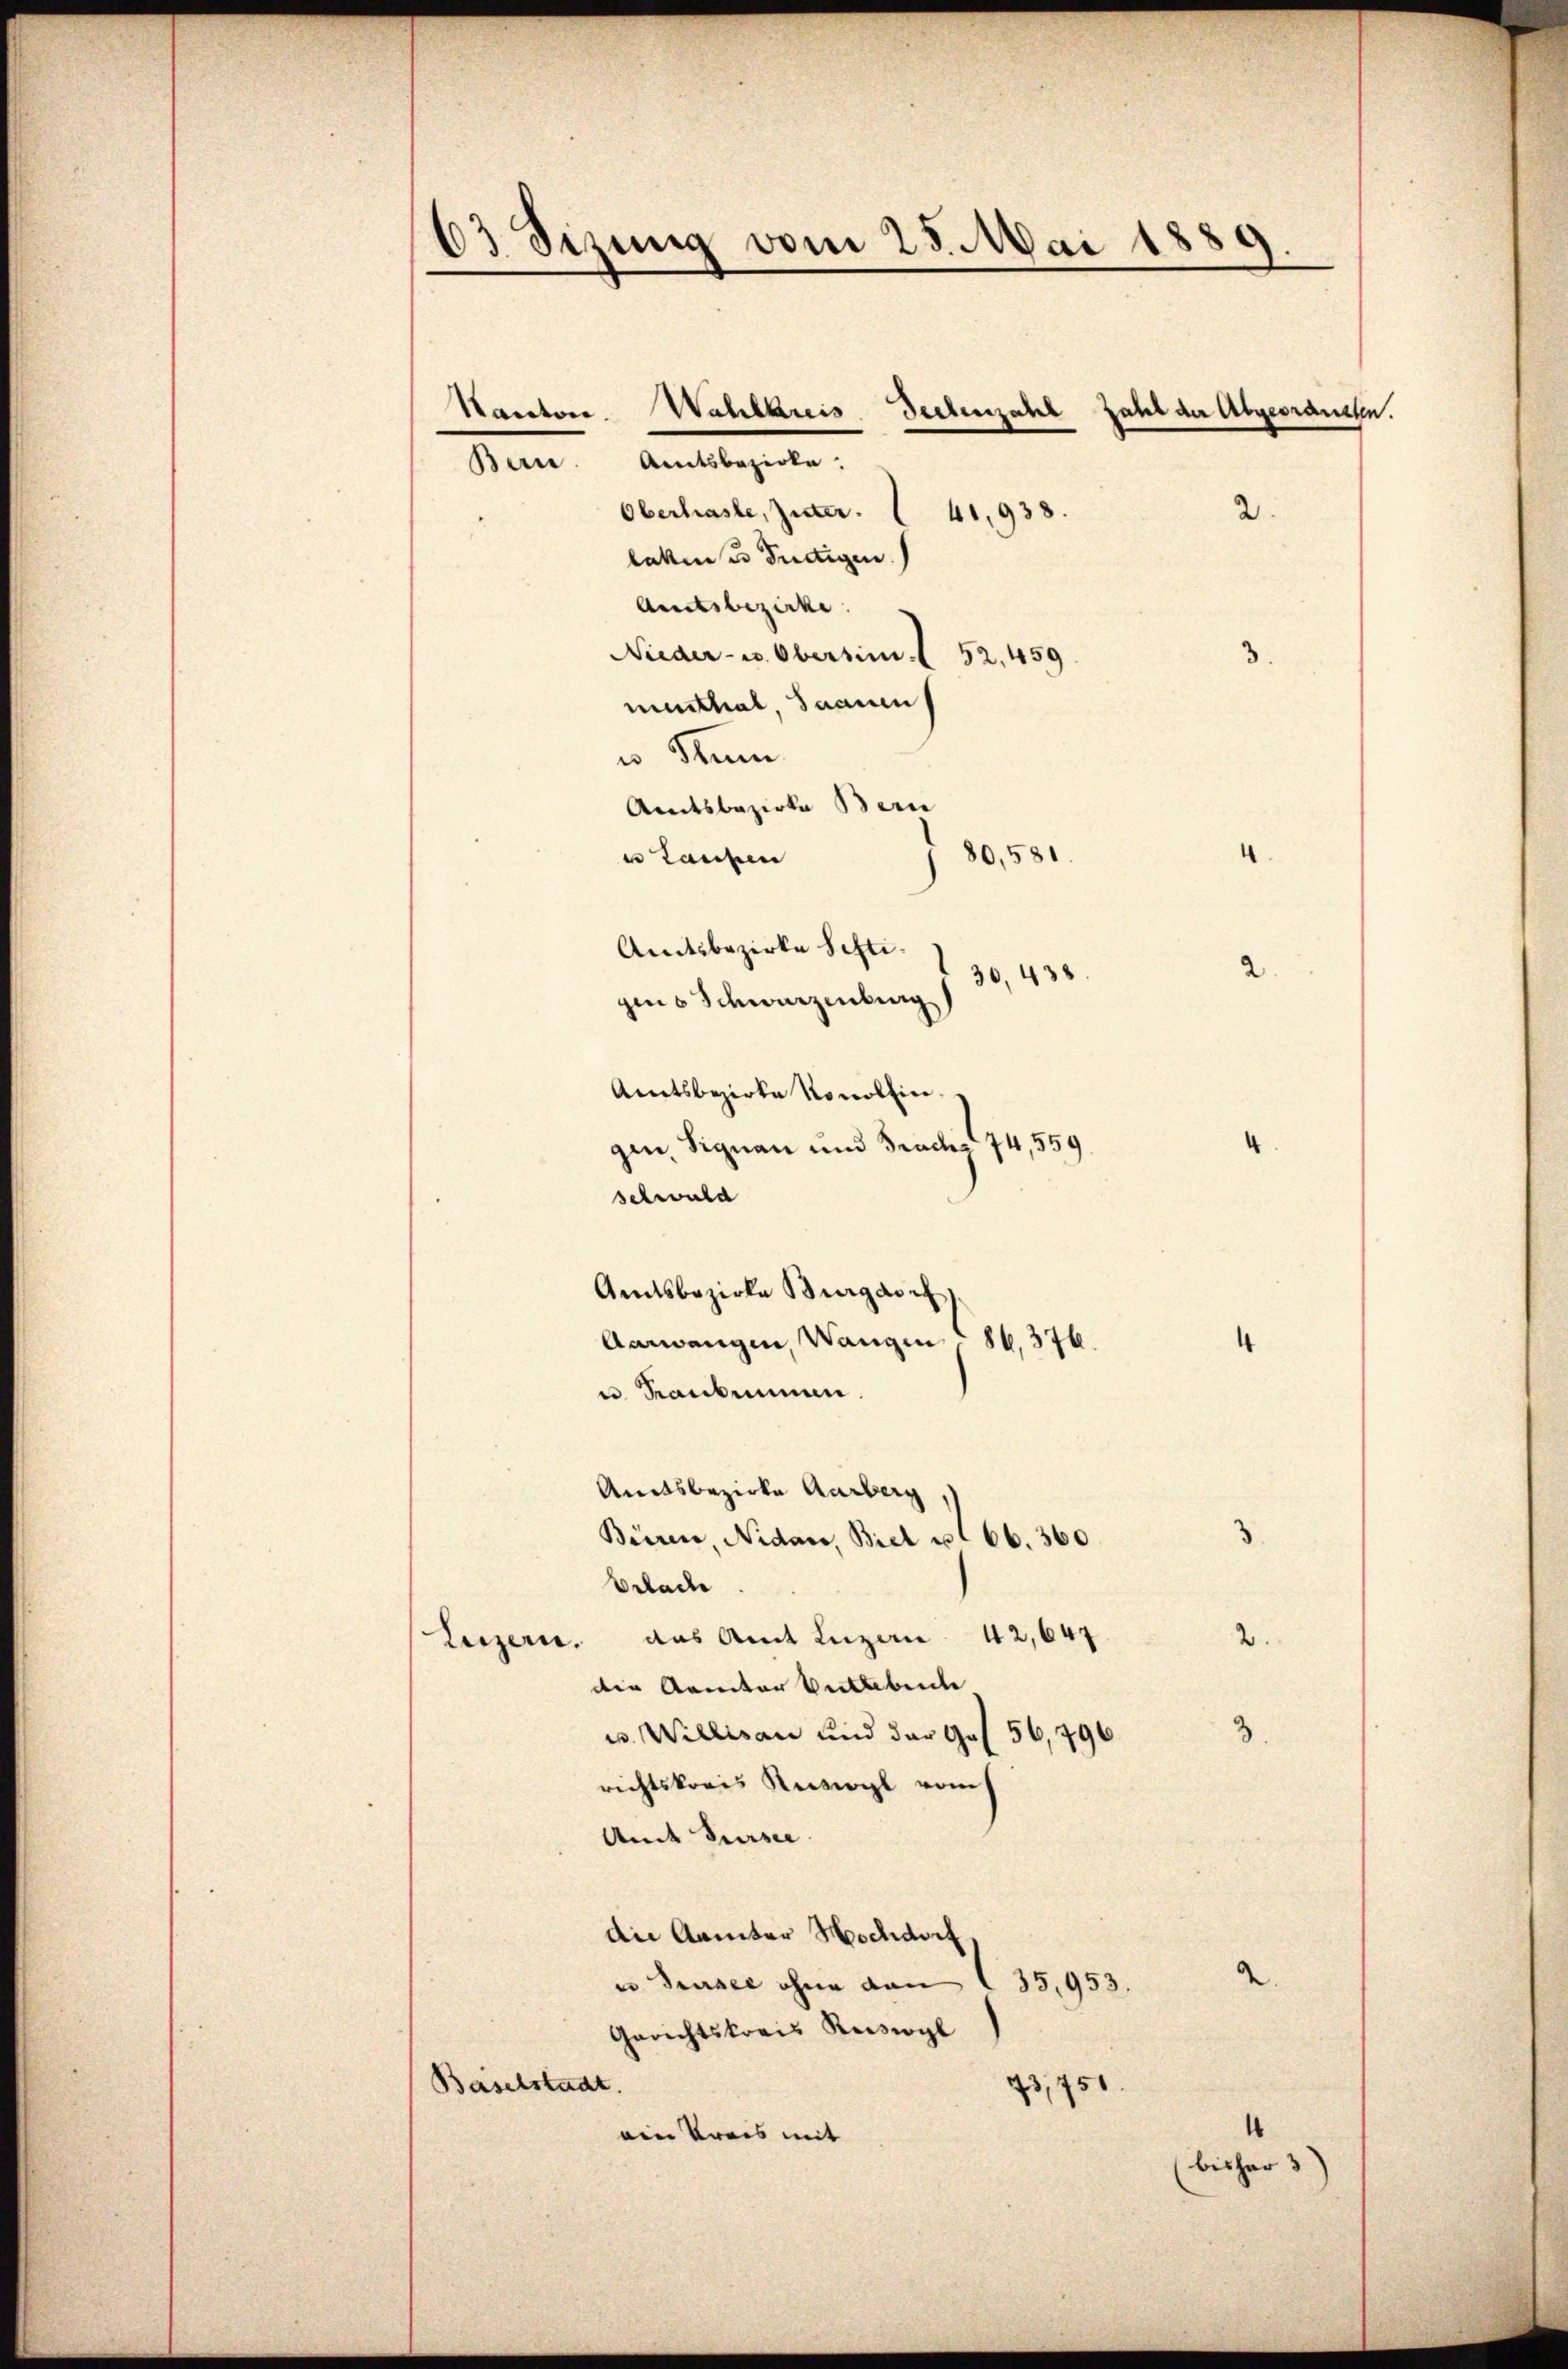
63 Sizung vom 25. Mai 1889.

Bern. Amtsbezirke.
Oberhasle, Zucker.  41,938.
laken es dudigen.
Amtsbezirke.
Nieder- u. Obersim 52. 459.
muethal, Saanen
u. Nun
Amtsbeziele Bern
80,581.
u Laufen
Amtsbezirke Sehti.

Kanton. Wahlkreis

zins Schwarzenburg
Amtsbezirke Konollin
gin, Signau und Frachs 74,559

Amtsbezirke Burgdorf,
Aarwangen, Wangen 86,376.
u. Kranbrunnen.

Amtsbezirke Aarberg

Seelenzahl Zahl der Abgeorausen.
2.

36, 438.

Biiren, Nidau, Biel u. 66. 360.
Erlade
Luzern, aus Amt Luzern 42,647
die Kantor Vertabente,
u. Willisau und der Ges. 56,496
richtskreis Ruswyl vom
Amt Sursee
die Kantor Hochdorf
u Grusee ohne von (35,953.
Gerichtskreis Keiseogl
Baselstadt.
23,751
¬
ein Kreis mit |
bisher 3)

schuld

¬
2

4